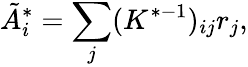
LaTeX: \tilde{A}_{i}^{*}=\sum_{j}(K^{*-1})_{ij}r_{j},